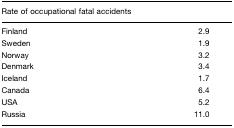
| Rate of occupational fatal accidents |  |
 | --- | --- |
 | Finland | 2.9 |
 | Sweden | 1.9 |
 | Norway | 3.2 |
 | Denmark | 3.4 |
 | Iceland | 1.7 |
 | Canada | 6.4 |
 | USA | 5.2 |
 | Russia | 11.0 |